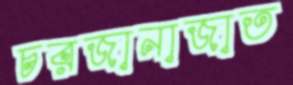
চরজানাজাত